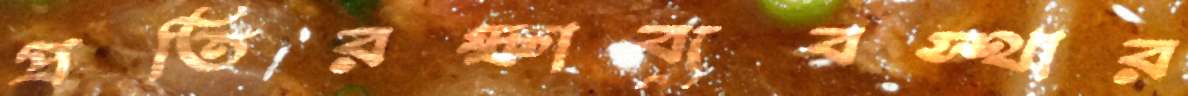
প্রতিরক্ষাব্যবস্থার